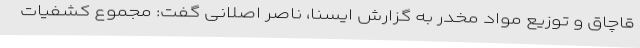
قاچاق و توزیع مواد مخدر به گزارش ایسنا، ناصر اصلانی گفت: مجموع کشفیات